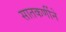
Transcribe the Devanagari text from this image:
सातकर्णीने